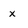
Character: x